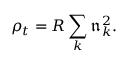
\rho _ { t } = R \sum _ { k } \mathfrak { n } _ { k } ^ { 2 } .